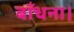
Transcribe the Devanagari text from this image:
बाँधना।